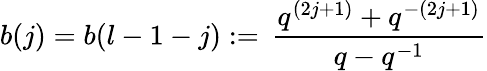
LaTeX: b(j)=b(l-1-j):=\, \frac{q^{(2j+1)}+q^{-(2j+1)}}{q-q^{-1}}